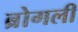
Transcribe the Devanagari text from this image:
ब्रोगली